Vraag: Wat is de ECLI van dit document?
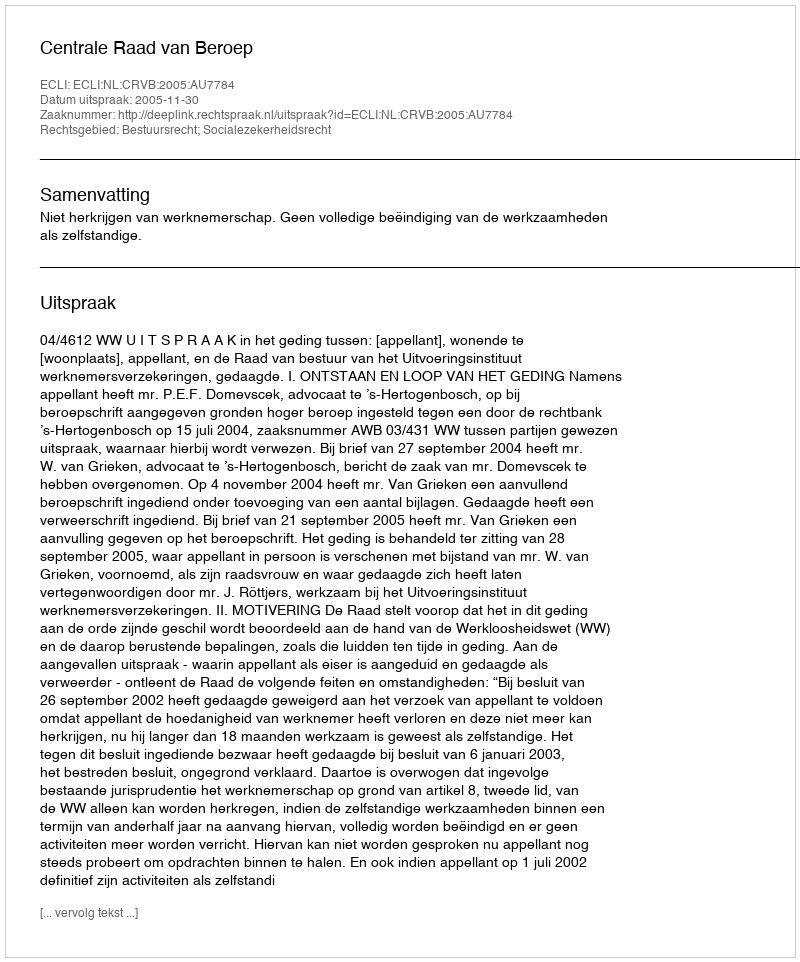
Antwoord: ECLI:NL:CRVB:2005:AU7784